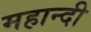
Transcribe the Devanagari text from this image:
महान्दी